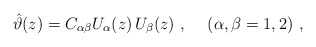
\begin{align*}\hat \vartheta(z) = C_{\alpha\beta} U_\alpha(z)\, U_\beta(z)~,\hskip 0.5cm(\alpha,\beta=1,2)\ ,\end{align*}